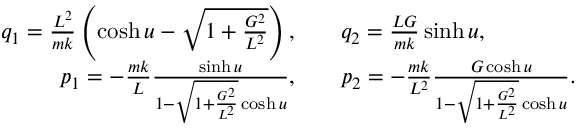
\begin{array} { r l } { q _ { 1 } = \frac { L ^ { 2 } } { m k } \left( \cosh u - \sqrt { 1 + \frac { G ^ { 2 } } { L ^ { 2 } } } \right) , \quad } & { q _ { 2 } = \frac { L G } { m k } \sinh u , } \\ { p _ { 1 } = - \frac { m k } { L } \frac { \sinh u } { 1 - \sqrt { 1 + \frac { G ^ { 2 } } { L ^ { 2 } } } \cosh u } , \quad } & { p _ { 2 } = - \frac { m k } { L ^ { 2 } } \frac { G \cosh u } { 1 - \sqrt { 1 + \frac { G ^ { 2 } } { L ^ { 2 } } } \cosh u } . } \end{array}